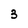
Character: 3